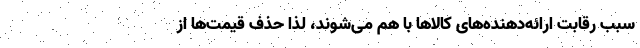
سبب رقابت ارائه‌دهنده‌های کالاها با هم می‌شوند، لذا حذف قیمت‌ها از